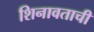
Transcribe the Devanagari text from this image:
शिनावताची